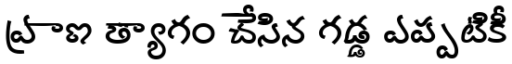
ప్రాణ త్యాగం చేసిన గడ్డ ఎప్పటికీ